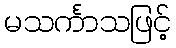
မသင်္ကာသဖြင့်